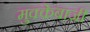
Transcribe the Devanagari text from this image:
मुक्‍केबाजी